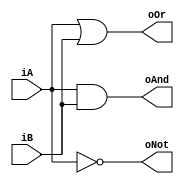
`timescale 1ns / 1ns
//////////////////////////////////////////////////////////////////////////////////
// Company: 
// Engineer: 
// 
// Design Name: 
// Module Name: logic_gates_3
// Project Name: 
// Target Devices: 
// Tool Versions: 
// Description: 
// 
// Dependencies: 
// 
// Revision:
// Revision 0.01 - File Created
// Additional Comments:
// 
//////////////////////////////////////////////////////////////////////////////////


module logic_gates_3(
    input iA,
    input iB,
    output reg oAnd,
    output reg oOr,
    output reg oNot
    );
    always @ (*)
    begin 
    oAnd=iA&iB;
    oOr=iA|iB;
    oNot=~iA;
    end
endmodule